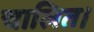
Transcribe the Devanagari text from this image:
चालित।